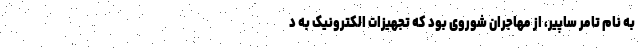
به نام تامر ساپیر، از مهاجران شوروی بود که تجهیزات الکترونیک به د